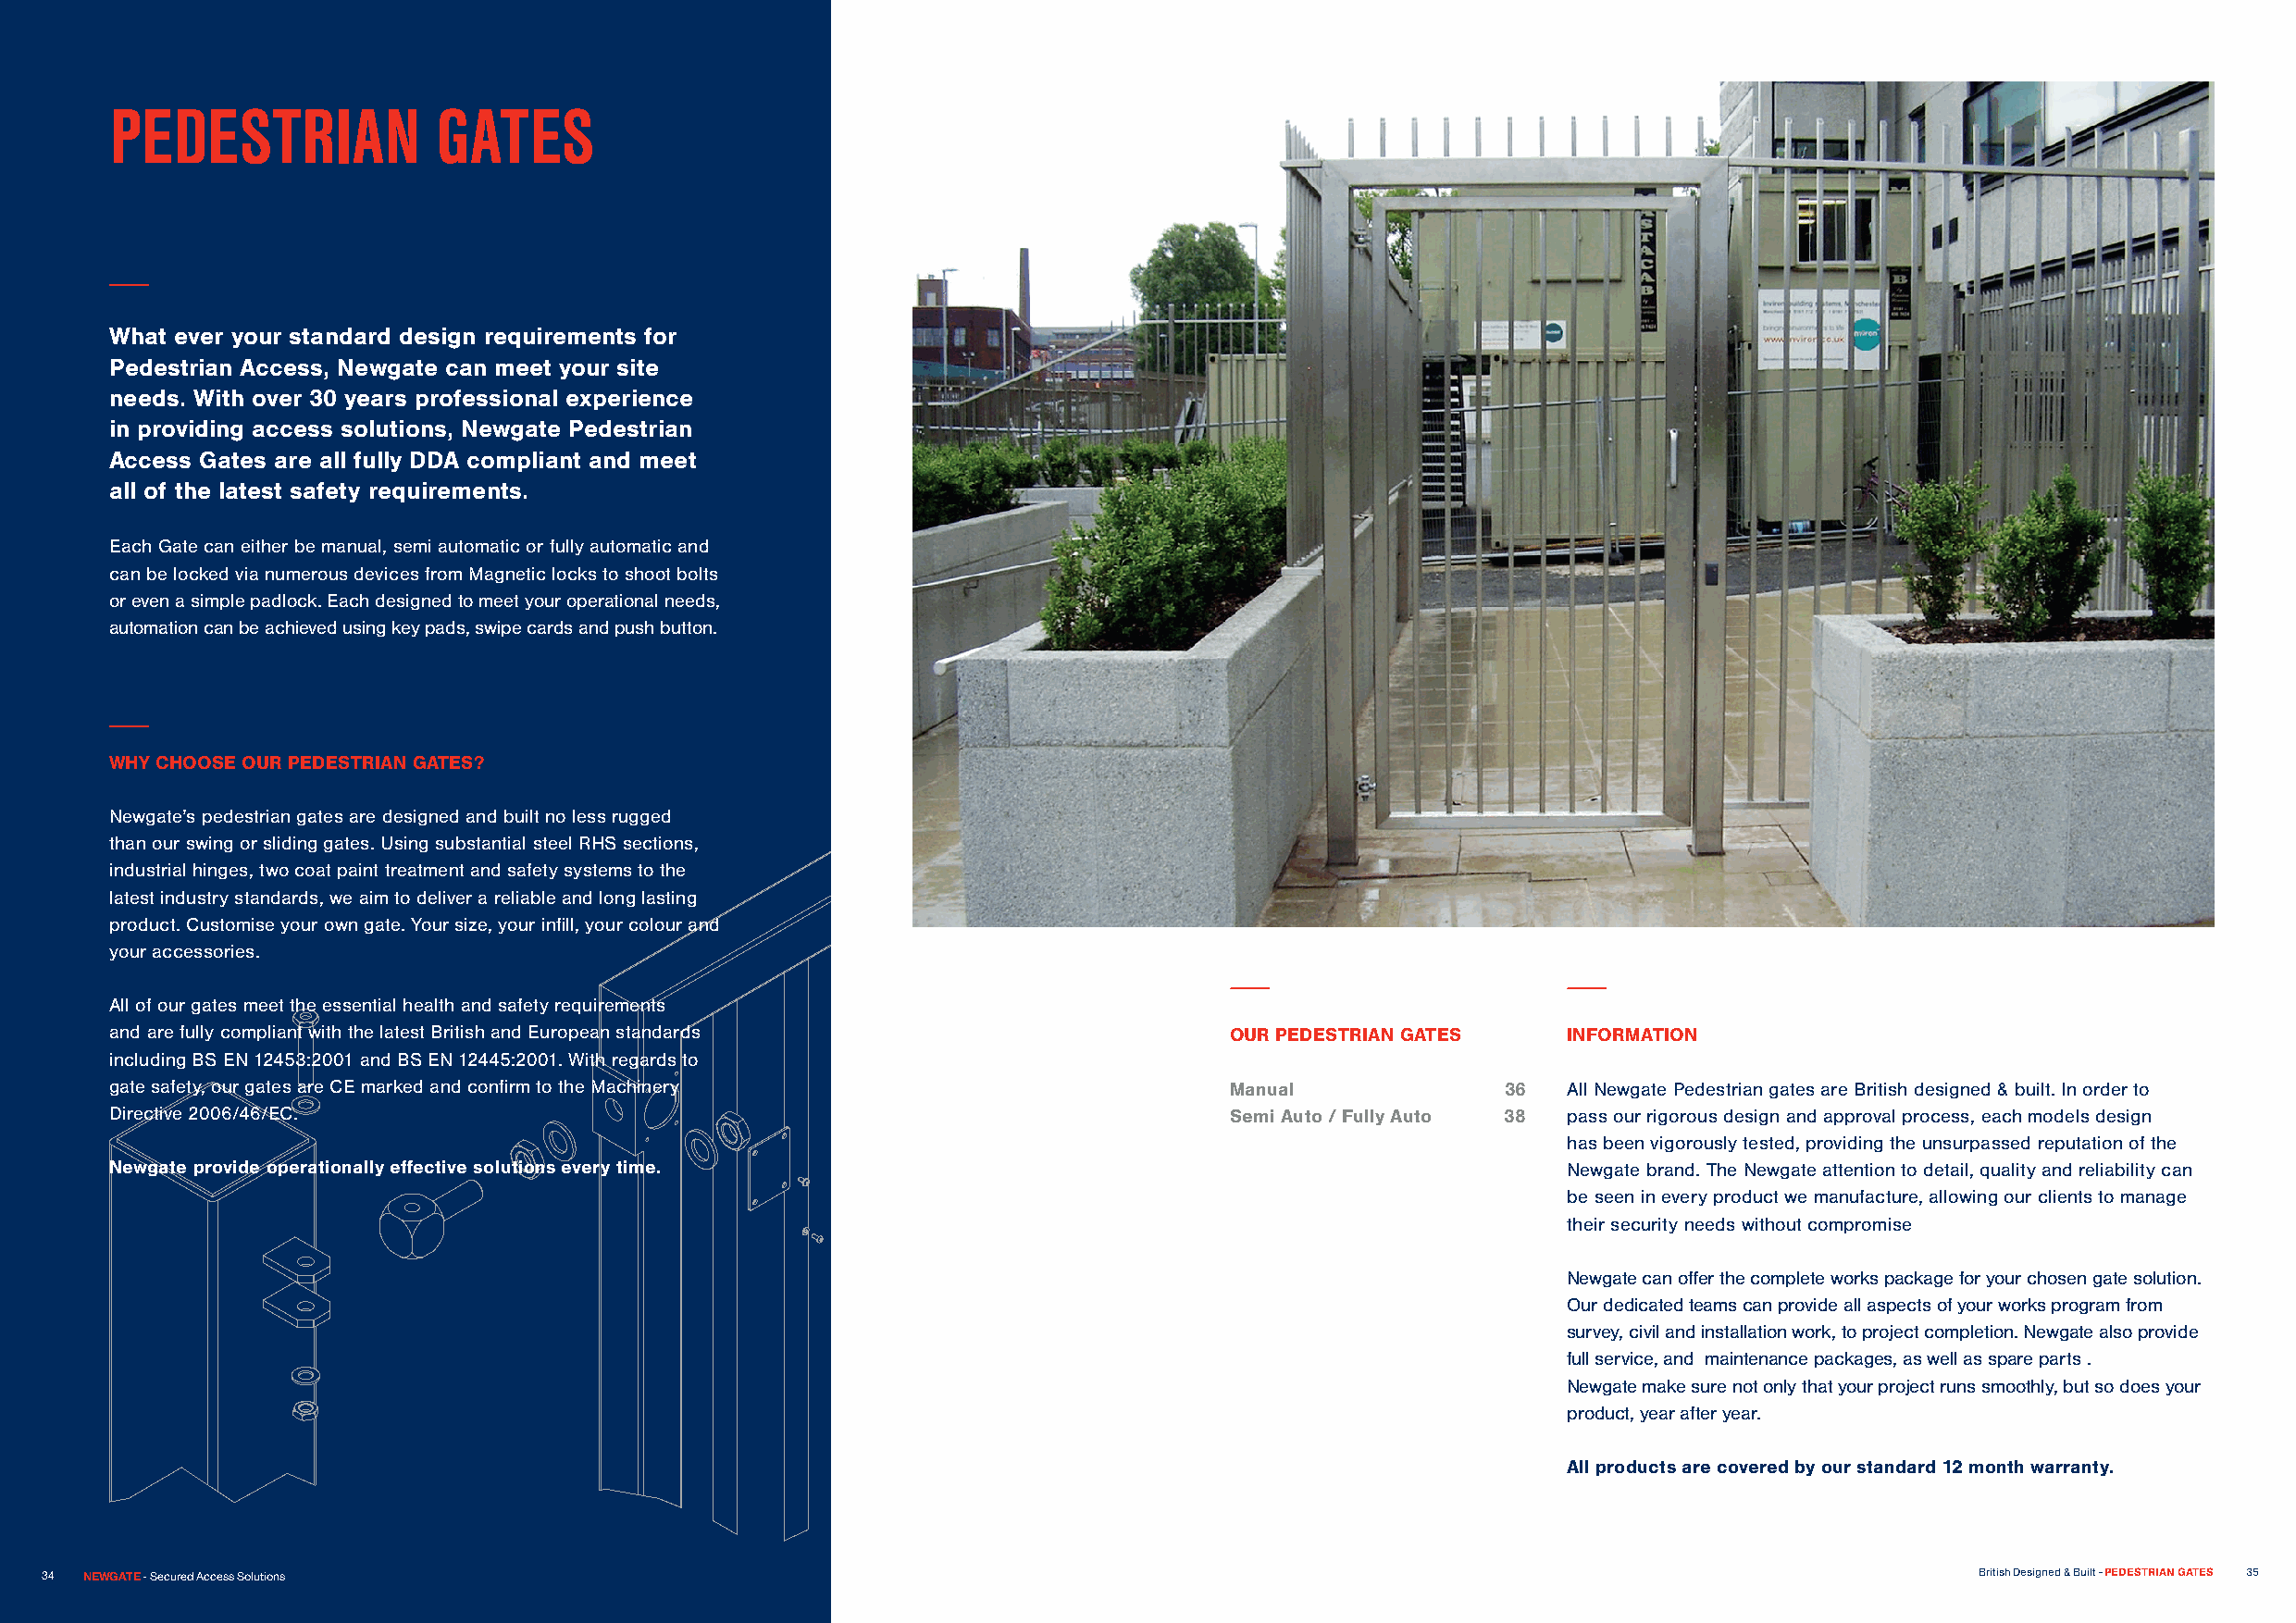
PEDESTRIAN             GATES
 What ever your standard design requirements for
 Pedestrian Access, Newgate can meet your site
 needs. With over 30 years professional experience
 in providing access solutions, Newgate Pedestrian
 Access Gates are all fully DDA compliant and meet
 all of the latest safety requirements.
 Each Gate can either be manual, semi automatic or fully automatic and
 can be locked via numerous devices from Magnetic locks to shoot bolts
 or even a simple padlock. Each designed to meet your operational needs,
 automation can be achieved using key pads, swipe cards and push button.
 WHY CHOOSE OUR PEDESTRIAN GATES?
 Newgate’s pedestrian gates are designed and built no less rugged
 than our swing or sliding gates. Using substantial steel RHS sections,
 industrial hinges, two coat paint treatment and safety systems to the
 latest industry standards, we aim to deliver a reliable and long lasting
 product. Customise your own gate. Your size, your infill, your colour and
 your accessories.
 All of our gates meet the essential health and safety requirements
 and are fully compliant with the latest British and European standards          OUR PEDESTRIAN GATES    INFORMATION
 including BS EN 12453:2001 and BS EN 12445:2001. With regards to
 gate safety, our gates are CE marked and confirm to the Machinery               Manual              36  All Newgate Pedestrian gates are British designed & built. In order to
 Directive 2006/46/EC.                                                           Semi Auto / Fully Auto 38 pass our rigorous design and approval process, each models design
 has been vigorously tested, providing the unsurpassed reputation of the
 Newgate provide operationally effective solutions every time.                                           Newgate brand. The Newgate attention to detail, quality and reliability can
 be seen in every product we manufacture, allowing our clients to manage
 their security needs without compromise
 Newgate can offer the complete works package for your chosen gate solution.
 Our dedicated teams can provide all aspects of your works program from
 survey, civil and installation work, to project completion. Newgate also provide
 full service, and maintenance packages, as well as spare parts .
 Newgate make sure not only that your project runs smoothly, but so does your
 product, year after year.
 All products are covered by our standard 12 month warranty.
 3344 NEWGATE - Secured Access Solutions                                                                                                    British Designed & Built - PEDESTRIAN GATES 35